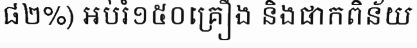
៨២%) អប់រំ១៥០គ្រឿង និងផាកពិន័យ